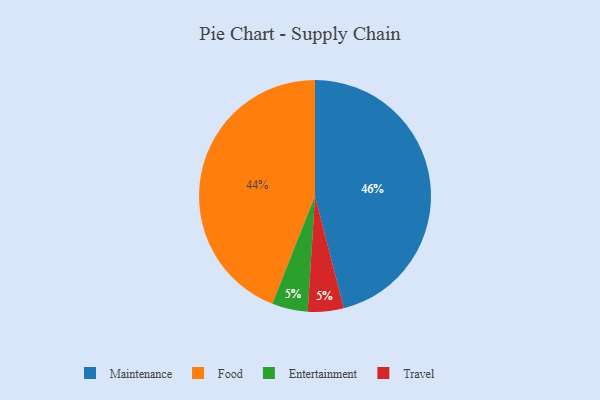
{"axis": {"x": "Category", "y": "Percentage"}, "legend": ["Entertainment", "Food", "Maintenance", "Travel"], "data": [{"x": "Entertainment", "y": 5, "type": "Entertainment"}, {"x": "Food", "y": 44, "type": "Food"}, {"x": "Travel", "y": 5, "type": "Travel"}, {"x": "Maintenance", "y": 46, "type": "Maintenance"}]}